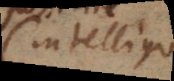
intelligo